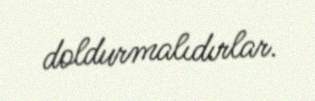
doldurmalıdırlar.